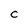
Character: C